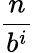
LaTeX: \frac{n}{b^{i}}